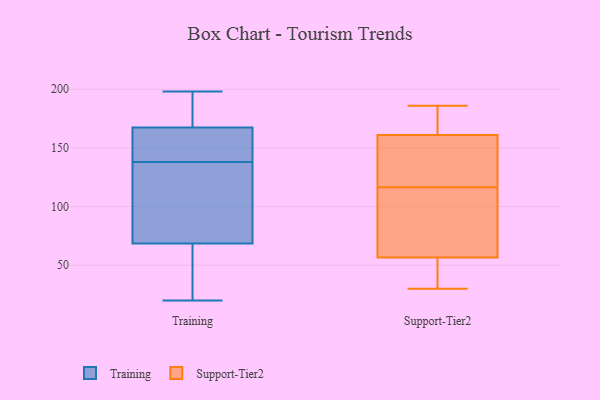
{"axis": {"x": "Population (Million)", "y": "Value"}, "legend": ["Support-Tier2", "Training"], "data": [{"x": "", "y": 154, "type": "Training"}, {"x": "", "y": 20, "type": "Training"}, {"x": "", "y": 64, "type": "Training"}, {"x": "", "y": 139, "type": "Training"}, {"x": "", "y": 173, "type": "Training"}, {"x": "", "y": 135, "type": "Training"}, {"x": "", "y": 169, "type": "Training"}, {"x": "", "y": 138, "type": "Training"}, {"x": "", "y": 94, "type": "Training"}, {"x": "", "y": 95, "type": "Training"}, {"x": "", "y": 198, "type": "Training"}, {"x": "", "y": 167, "type": "Training"}, {"x": "", "y": 27, "type": "Training"}, {"x": "", "y": 70, "type": "Training"}, {"x": "", "y": 198, "type": "Training"}, {"x": "", "y": 153, "type": "Training"}, {"x": "", "y": 63, "type": "Training"}, {"x": "", "y": 129, "type": "Support-Tier2"}, {"x": "", "y": 104, "type": "Support-Tier2"}, {"x": "", "y": 160, "type": "Support-Tier2"}, {"x": "", "y": 44, "type": "Support-Tier2"}, {"x": "", "y": 160, "type": "Support-Tier2"}, {"x": "", "y": 30, "type": "Support-Tier2"}, {"x": "", "y": 162, "type": "Support-Tier2"}, {"x": "", "y": 78, "type": "Support-Tier2"}, {"x": "", "y": 48, "type": "Support-Tier2"}, {"x": "", "y": 173, "type": "Support-Tier2"}, {"x": "", "y": 75, "type": "Support-Tier2"}, {"x": "", "y": 41, "type": "Support-Tier2"}, {"x": "", "y": 186, "type": "Support-Tier2"}, {"x": "", "y": 65, "type": "Support-Tier2"}, {"x": "", "y": 134, "type": "Support-Tier2"}, {"x": "", "y": 163, "type": "Support-Tier2"}]}